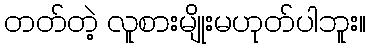
တတ်တဲ့ လူစားမျိုးမဟုတ်ပါဘူး။